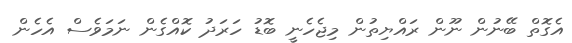
އެގޮތް ބޭނުން ނޫން ރައްޔިތުން މިޖެހެނީ ބޮޑު ހަރަދު ކޮއްގެން ނަމަވެސް އެހެން